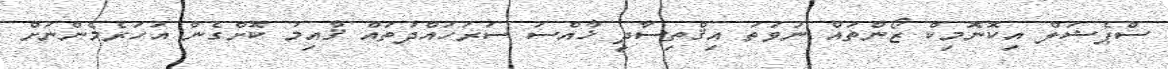
ސްޕެޝަލް އިކޮނޮމިކް ޒޯންތައް ނުވަތަ އިޤްތިސާދީ ޚާއްސަ ސަރަހައްދުތައް ޤާއިމު ކޮށްގެން އަހަރެމެންނަށް